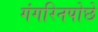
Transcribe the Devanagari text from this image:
गंगरिनपोछे